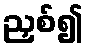
ညှစ်၍